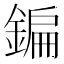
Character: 鍽